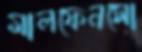
মালফেনসো